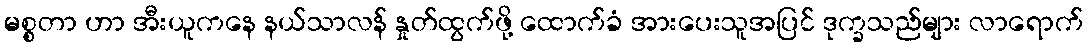
မစ္စတာ ဟာ အီးယူကနေ နယ်သာလန် နှုတ်ထွက်ဖို့ ထောက်ခံ အားပေးသူအပြင် ဒုက္ခသည်များ လာရောက်